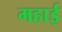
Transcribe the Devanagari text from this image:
महाई